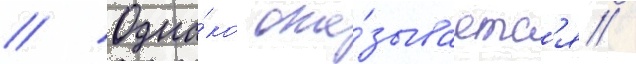
// Одна́ко ока́зываетс'я /